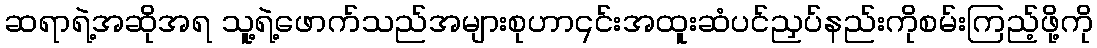
ဆရာရဲ့အဆိုအရ သူ့ရဲ့ဖောက်သည်အများစုဟာ၎င်းအထူးဆံပင်ညှပ်နည်းကိုစမ်းကြည့်ဖို့ကို